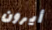
أيرون